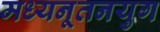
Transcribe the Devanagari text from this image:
मध्यनूतनयुग